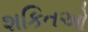
શકિતઓ